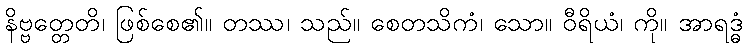
နိဗ္ဗတ္တေတိ၊ ဖြစ်စေ၏။ တဿ၊ သည်။ စေတသိကံ၊ သော။ ဝီရိယံ၊ ကို။ အာရဒ္ဓံ